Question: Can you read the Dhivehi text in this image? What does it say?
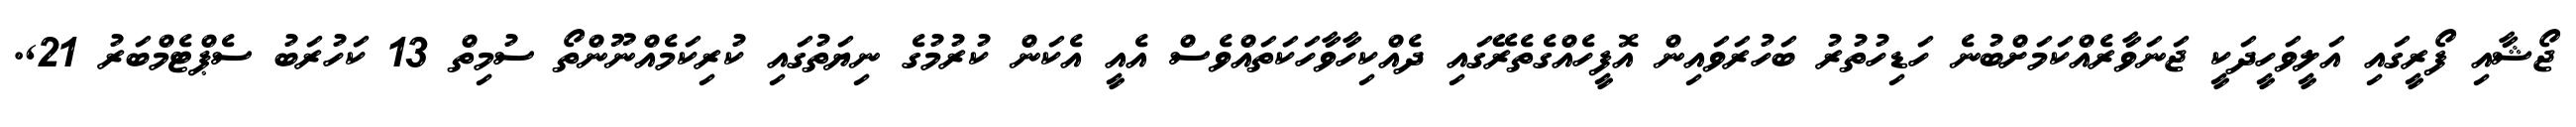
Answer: ޖޯޝާއި ފޯރީގައި އަލީވަހީދަކީ ޖަނަވާރެއްކަމަށްބުނެ ހަޑިހުތުރު ބަހުރަވައިން އޮފީހެއްގެތެރޭގައި ދެއްކިހާވާހަކަތައްވެސް އެއީ އެކަން ކުރުމުގެ ނިޔަތުގައި ކުރިކަމެއްނޫންތޯ ސުމިތް 13 ކަހުރަބު ސެޕްޓެމްބަރު 21,.